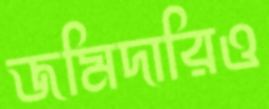
জমিদারিও